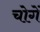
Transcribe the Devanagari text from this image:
चोगें